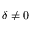
\delta \neq 0